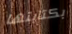
بكتابتها